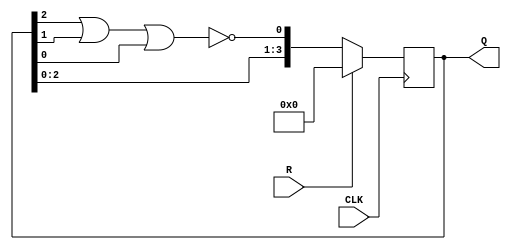
//self correcting ring counter
module selfCorrecting_ring_counter(CLK, Q, R);
  // declarations
  input wire CLK, R;
  output reg [3:0] Q;
  reg [3:0] next_Q;

  always @ (posedge CLK)
    begin
      Q <= next_Q;
    end

  always @ (Q)
    begin
      next_Q[3] = Q[2];
      next_Q[2] = Q[1];
      next_Q[1] = Q[0];
      next_Q[0] = ~(Q[2] | Q[1] | Q[0]);
      if (R == 1'b1)
        begin
          next_Q = 4'b0000;
        end
    end
endmodule